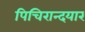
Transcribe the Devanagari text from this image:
पिचिरान्दयार